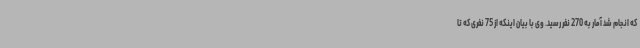
که انجام شد آمار به 270 نفر رسید. وی با بیان اینکه از 75 نفری که تا